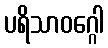
ပရိသာဝဂ္ဂေါ